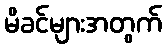
မိခင်များအတွက်